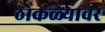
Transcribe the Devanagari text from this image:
ठोकळ्यावर